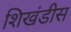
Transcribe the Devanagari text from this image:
शिखंडीस